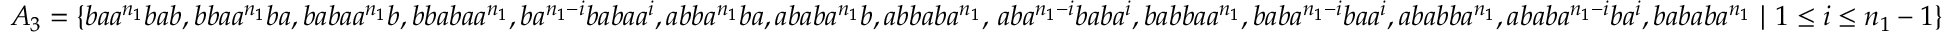
A _ { 3 } = \{ b a a ^ { n _ { 1 } } b a b , b b a a ^ { n _ { 1 } } b a , b a b a a ^ { n _ { 1 } } b , b b a b a a ^ { n _ { 1 } } , b a ^ { n _ { 1 } - i } b a b a a ^ { i } , a b b a ^ { n _ { 1 } } b a , a b a b a ^ { n _ { 1 } } b , a b b a b a ^ { n _ { 1 } } , \, a b a ^ { n _ { 1 } - i } b a b a ^ { i } , b a b b a a ^ { n _ { 1 } } , b a b a ^ { n _ { 1 } - i } b a a ^ { i } , a b a b b a ^ { n _ { 1 } } , a b a b a ^ { n _ { 1 } - i } b a ^ { i } , b a b a b a ^ { n _ { 1 } } ~ | ~ 1 \leq i \leq n _ { 1 } - 1 \}